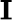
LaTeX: \textbf{I}